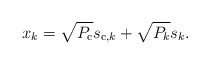
\begin{align*}x_k=\sqrt{P_{\mathrm{c}}} s_{\mathrm{c},k} + \sqrt{P_k} s_{k}.\end{align*}